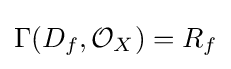
\Gamma (D_{f},{\mathcal {O}}_{X})=R_{f}